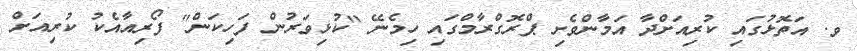
ވ. އަތޮޅުގައި ކުރިއަށްދާ އަމާންވެށި ޕްރޮގްރާމްގައި ހިމެނޭ "ކުޅިވަރުން ފަހިކަން" ފޯރިއާއެކު ކުރިއަށް